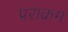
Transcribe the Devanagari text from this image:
प्रराक्रम